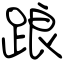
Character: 踉